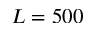
L = 5 0 0